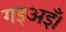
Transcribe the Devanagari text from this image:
गइअइँ।